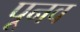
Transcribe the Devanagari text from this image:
पूनव